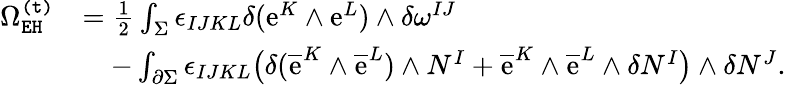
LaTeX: \begin{array}{rl}{\Omega_{\mathtt{EH}}^{\mathtt{(t)}}}&{=\frac{1}{2}\int_{\Sigma}\epsilon_{IJKL}\delta(\mathrm{e}^{K}\wedge\mathrm{e}^{L})\wedge\delta\omega^{IJ}}\\ &{\quad-\int_{\partial\Sigma}\epsilon_{IJKL}\big(\delta(\overline{{\mathrm{e}}}^{K}\wedge\overline{{\mathrm{e}}}^{L})\wedge N^{I}+\overline{{\mathrm{e}}}^{K}\wedge\overline{{\mathrm{e}}}^{L}\wedge\delta N^{I}\big)\wedge\delta N^{J}.}\end{array}